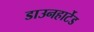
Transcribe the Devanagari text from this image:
डाउनहार्टेड